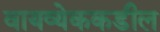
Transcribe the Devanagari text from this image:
वायव्येककडील